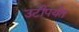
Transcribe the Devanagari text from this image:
उटीपर्यंत